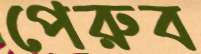
পেরুব